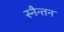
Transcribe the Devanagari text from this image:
स्नैन्तन